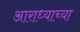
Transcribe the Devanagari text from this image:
आराध्याच्या